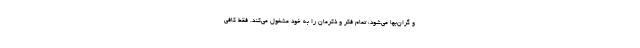
و گران‌بها می‌شود، تمام فکر و ذکرمان را به خود مشغول می‌کند. فقط کافی